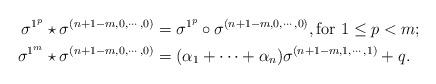
LaTeX: \begin{align*} \sigma^{1^p}\star \sigma^{(n+1-m,0,\cdots, 0)}&=\sigma^{1^p}\circ\sigma^{(n+1-m,0,\cdots, 0)},\mbox{for } 1\leq p< m;\\ \sigma^{1^m}\star \sigma^{(n+1-m,0,\cdots, 0)}&=(\alpha_1+\cdots+\alpha_n)\sigma^{(n+1-m, 1, \cdots, 1)}+q. \end{align*}